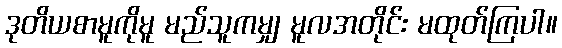
ဒုတိယစာမူကိုမူ မည်သူကမျှ မူလအတိုင်း မထုတ်ကြပါ။